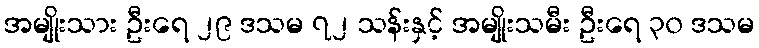
အမျိုးသား ဦးရေ ၂၉ ဒသမ ၇၂ သန်းနှင့် အမျိုးသမီး ဦးရေ ၃၀ ဒသမ